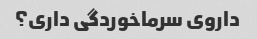
داروی سرماخوردگی داری؟